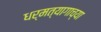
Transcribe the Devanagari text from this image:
धर्मत्यागाच्या